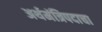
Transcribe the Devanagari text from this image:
अर्थमंत्रिपदाचा